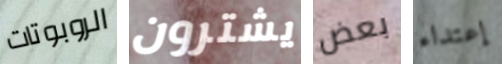
الروبوتات يشترون بعض إعتداء